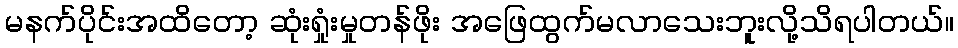
မနက်ပိုင်းအထိတော့ ဆုံးရှုံးမှုတန်ဖိုး အဖြေထွက်မလာသေးဘူးလို့သိရပါတယ်။